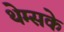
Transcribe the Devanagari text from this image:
थेम्सके